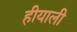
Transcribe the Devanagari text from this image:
हीयाली